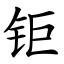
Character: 钜